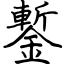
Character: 鏨